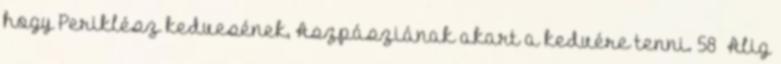
hogy Periklész kedvesének, Aszpásziának akart a kedvére tenni. 58 Alig